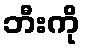
ဘီးကို